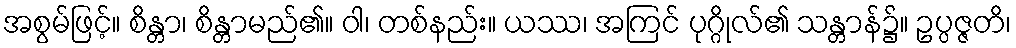
အစွမ်ဖြင့်။ စိန္တာ၊ စိန္တာမည်၏။ ဝါ၊ တစ်နည်း။ ယဿ၊ အကြင် ပုဂ္ဂိုလ်၏ သန္တာန်၌။ ဥပ္ပဇ္ဇတိ၊